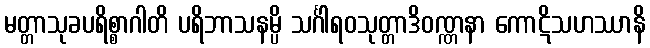
မတ္တာသုခပရိစ္စာဂါတိ ပရိဘာသနမ္ပိ သင်္ဂါရဝသုတ္တာဒိဝဏ္ဏနာ ကောဋိသဟဿာနိ